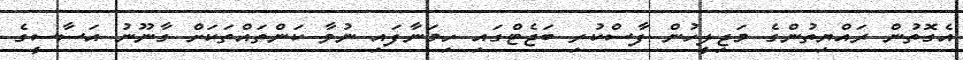
އެގޮތުން ރައްޔިތުންގެ މަޖިލީހުން ފާސްކުރި ބަޖެޓްގައި ހިމަނާފައި ނުވާ ކަންތައްތަކަށް ގާނޫނު އަސާސީގެ